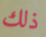
ذلك